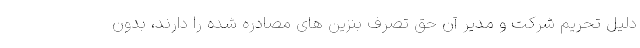
دلیل تحریم شرکت و مدیر آن حق تصرف بنزین های مصادره شده را دارند، بدون